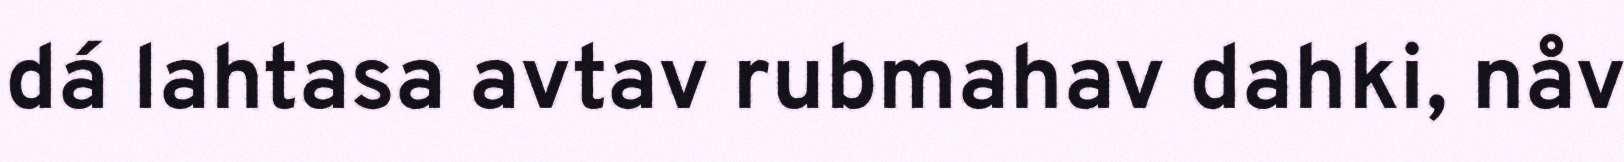
dá lahtasa avtav rubmahav dahki, nåv